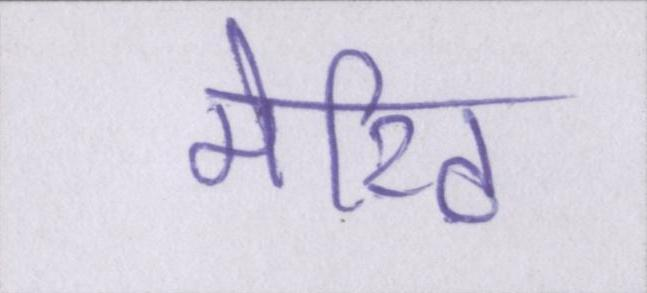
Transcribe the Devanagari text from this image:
मेरिट